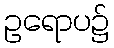
ဥရောပ၌